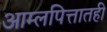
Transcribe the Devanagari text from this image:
आम्लपित्तातही